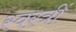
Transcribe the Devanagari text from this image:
स्वस्त्रीं